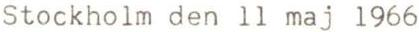
Stockholm den 11 maj 1966